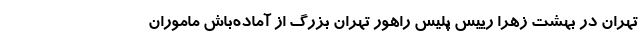
تهران در بهشت زهرا رییس پلیس راهور تهران بزرگ از آماده‌باش ماموران